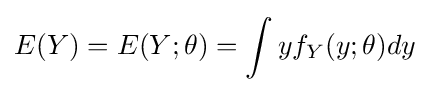
E(Y)=E(Y;\theta )=\int yf_{Y}(y;\theta )dy